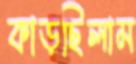
কাড়ছিলাম